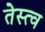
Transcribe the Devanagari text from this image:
तेस्त्व